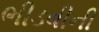
ભીડવીની